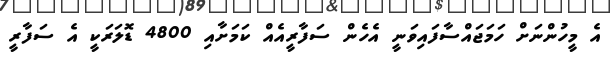
އެ މީހުންނަށް ހަމަޖައްސާފައިވަނީ އެހެން ސަފާރީއެއް ކަމަށާއި 4800 ޑޮލަރަކީ އެ ސަފާރީ